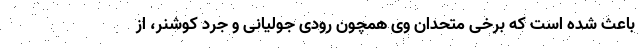
باعث شده است که برخی متحدان وی همچون رودی جولیانی و جرد کوشنر، از